Source: Handwritten
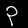
Digit: ၃ (3)